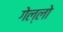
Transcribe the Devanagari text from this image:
गेल्‍लो